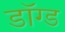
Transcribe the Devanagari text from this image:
डॉग्ड